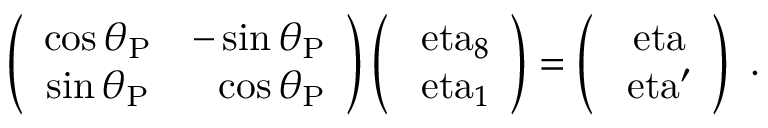
\left( { \begin{array} { c c } { \cos \theta _ { \mathrm { P } } } & { - \sin \theta _ { \mathrm { P } } } \\ { \sin \theta _ { \mathrm { P } } } & { ~ ~ \cos \theta _ { \mathrm { P } } } \end{array} } \right) \left( { \begin{array} { c } { \mathrm { \ e t a } _ { 8 } } \\ { \mathrm { \ e t a } _ { 1 } } \end{array} } \right) = \left( { \begin{array} { c } { \mathrm { \ e t a } } \\ { \mathrm { \ e t a ^ { \prime } } } \end{array} } \right) ~ .